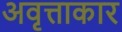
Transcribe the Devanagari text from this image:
अवृत्ताकार